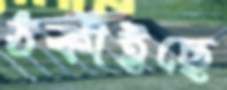
ঠকাইছে